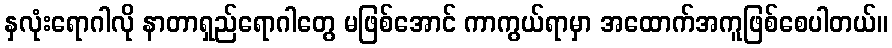
နှလုံးရောဂါလို နာတာရှည်ရောဂါတွေ မဖြစ်အောင် ကာကွယ်ရာမှာ အထောက်အကူဖြစ်စေပါတယ်။